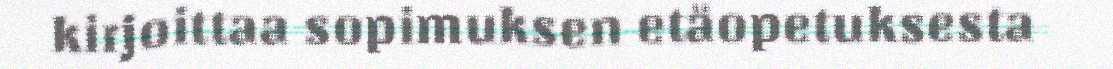
kirjoittaa sopimuksen etäopetuksesta